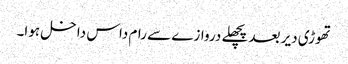
تھوڑی دیر بعد پچھلے دروازے سے رام داس داخل ہوا۔